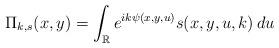
LaTeX: \begin{align*}\Pi_{k,s}(x,y)=\int_{\mathbb R}e^{ik\psi(x,y,u)}s(x,y,u,k)\,du\end{align*}